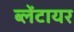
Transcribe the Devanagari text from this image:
ब्लेंटायर